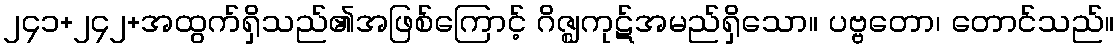
၂၄၁+၂၄၂+အထွက်ရှိသည်၏အဖြစ်ကြောင့် ဂိဇ္ဈကုဋ်အမည်ရှိသော။ ပဗ္ဗတော၊ တောင်သည်။